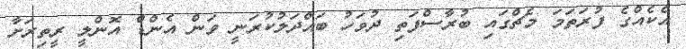
އެކެއްގެ ފުރަތަމަ މެޗްގައި ބުރާސްފަތި ދުވަހު ބައްދަލުކުރަނީ ވަން އެންޑް އޮންލީ ރީތިރަށާ